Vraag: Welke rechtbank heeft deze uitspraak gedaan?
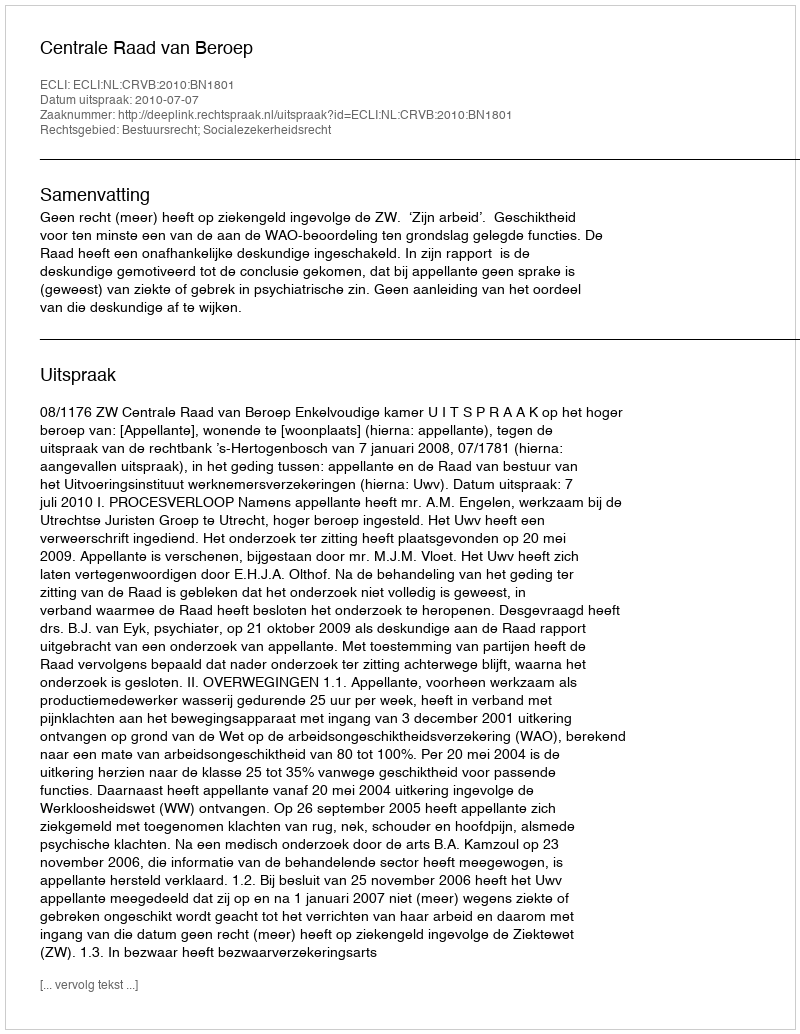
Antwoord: Centrale Raad van Beroep